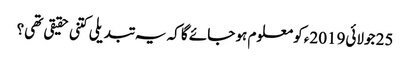
25 جولائی2019ء کو معلوم ہو جائے گا کہ یہ تبدیلی کتنی حقیقی تھی؟